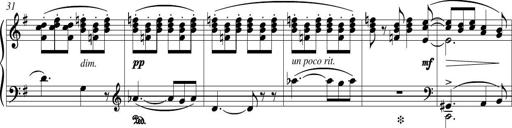
Title: Piano Sonatina in G major
Composer: Johan Peter Emilius Hartmann
Key: G major